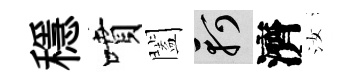
穩噴闔軻濟汝